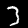
Digit: 3